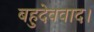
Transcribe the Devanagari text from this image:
बहुदेववाद।